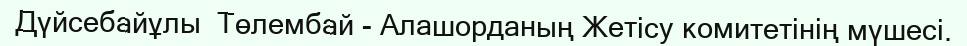
Дүйсебайұлы  Төлембай - Алашорданың Жетісу комитетінің мүшесі.